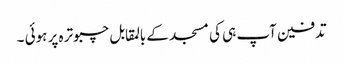
تدفین آپ ہی کی مسجد کے بالمقابل چبوترہ پر ہوئی ۔